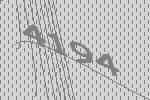
4194